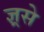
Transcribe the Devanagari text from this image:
ज्ञ्रसे